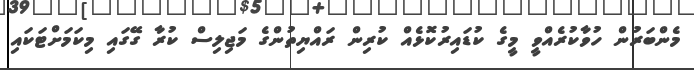
މެންބަރުން ހުވާކުރެއްވީ މީގެ ކުޑައިރުކޮޅެއް ކުރިން ރައްޔިތުންގެ މަޖިލިސް ކުރާ ގޭގައި މިކަމަށްޓަކައި